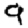
Digit: 9